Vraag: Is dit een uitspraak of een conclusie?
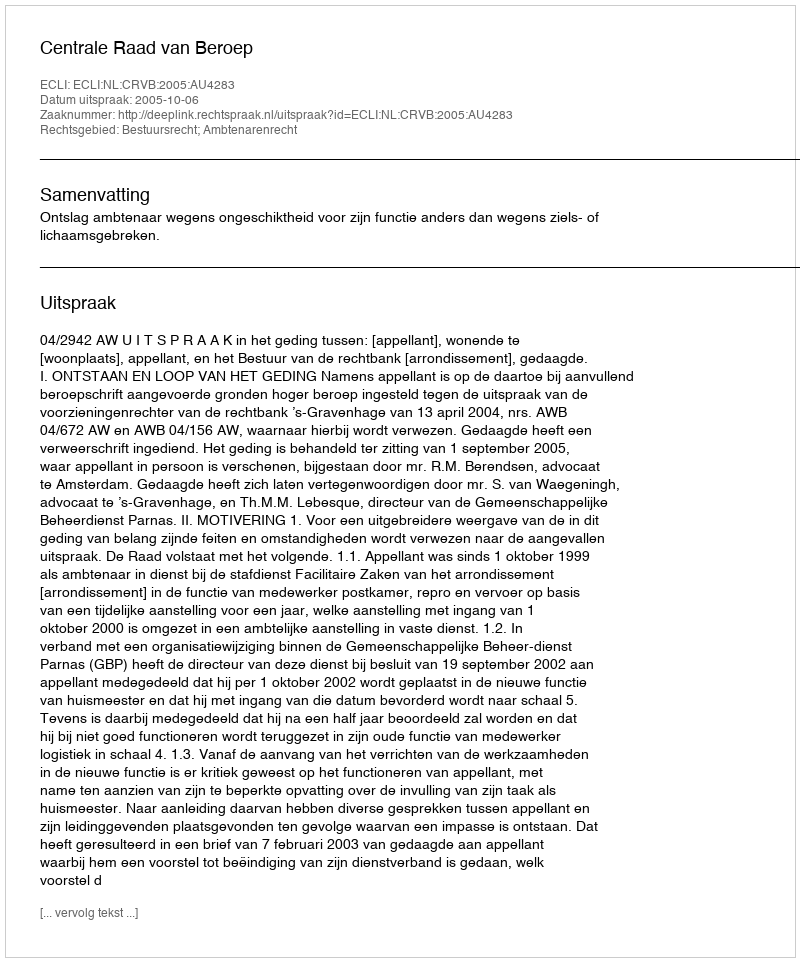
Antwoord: Uitspraak